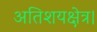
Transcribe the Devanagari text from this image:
अतिशयक्षेत्र।